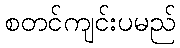
စတင်ကျင်းပမည်